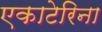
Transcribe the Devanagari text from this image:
एकाटेरिना